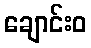
ချောင်းဝ